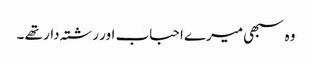
وہ سبھی میرے احباب اور رشتہ دار تھے ۔